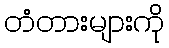
တံတားများကို